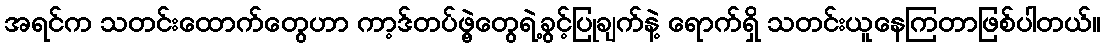
အရင်က သတင်းထောက်တွေဟာ ကာ့ဒ်တပ်ဖွဲ့တွေရဲ့ခွင့်ပြုချက်နဲ့ ရောက်ရှိ သတင်းယူနေကြတာဖြစ်ပါတယ်။